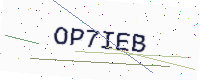
Text: OP7IEB